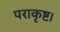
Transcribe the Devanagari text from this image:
पराकृष्ट।